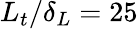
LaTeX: L_{t}/\delta_{L}=25